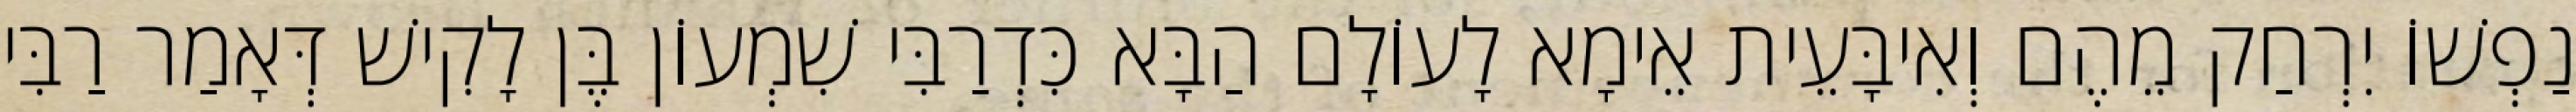
נַפְשׁוֹ יִרְחַק מֵהֶם וְאִיבָּעֵית אֵימָא לָעוֹלָם הַבָּא כִּדְרַבִּי שִׁמְעוֹן בֶּן לָקִישׁ דְּאָמַר רַבִּי